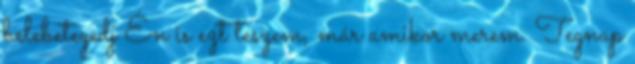
belebetegedj Én is ezt teszem, már amikor merem. Tegnap